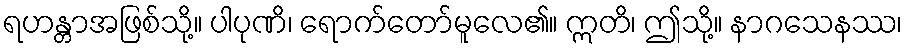
ရဟန္တာအဖြစ်သို့။ ပါပုဏိ၊ ရောက်တော်မူလေ၏။ ဣတိ၊ ဤသို့။ နာဂသေနဿ၊